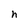
Character: h